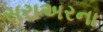
સરાઅરના